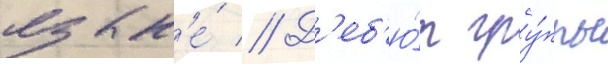
язык'е́ // Д'еб'ю́т гру́ппы